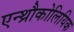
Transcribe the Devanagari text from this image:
एन्थ्रौकोलियिक